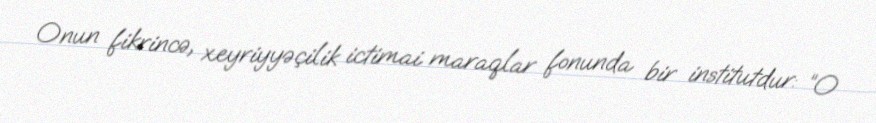
Onun fikrincə, xeyriyyəçilik ictimai maraqlar fonunda bir institutdur: “O